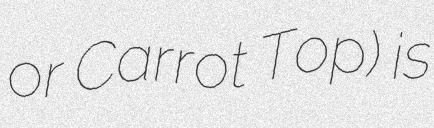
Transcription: or Carrot Top) is